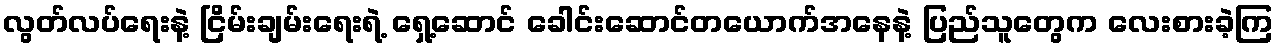
လွတ်လပ်ရေးနဲ့ ငြိမ်းချမ်းရေးရဲ့ ရှေ့ဆောင် ခေါင်းဆောင်တယောက်အနေနဲ့ ပြည်သူတွေက လေးစားခဲ့ကြ